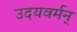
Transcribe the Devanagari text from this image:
उदयवर्मन्